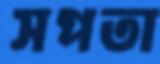
সপতা